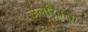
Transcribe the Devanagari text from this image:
जलरिक्तता